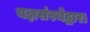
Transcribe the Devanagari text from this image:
यज्ञसंस्थेद्वारा